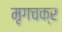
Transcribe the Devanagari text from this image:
मृगचक्र